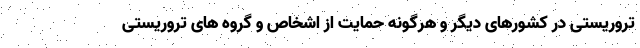
تروریستی در کشورهای دیگر و هرگونه حمایت از اشخاص و گروه های تروریستی